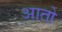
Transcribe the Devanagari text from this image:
आतो